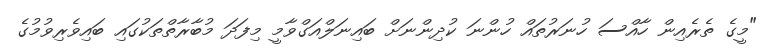
"މީގެ ތެރެއިން ހާއްސަ ހުނަރުތައް ހުންނަ ކުދިންނަށް ބައިނަލްއަގްވާމީ މިފަދަ މުބާރާތްތަކުގައި ބައިވެރިވުމުގެ